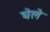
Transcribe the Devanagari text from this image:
घेले